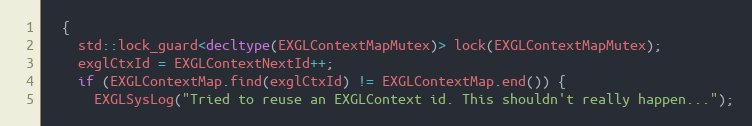
Language: C++
  {
    std::lock_guard<decltype(EXGLContextMapMutex)> lock(EXGLContextMapMutex);
    exglCtxId = EXGLContextNextId++;
    if (EXGLContextMap.find(exglCtxId) != EXGLContextMap.end()) {
      EXGLSysLog("Tried to reuse an EXGLContext id. This shouldn't really happen...");